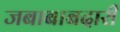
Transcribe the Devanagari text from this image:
जबाबाबदारी